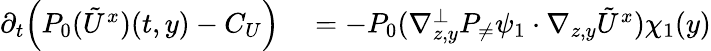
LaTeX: \begin{array}{rl}{\partial_{t}\Big(P_{0}(\tilde{U}^{x})(t,y)-C_{U}\Big)}&{{}=-P_{0}(\nabla_{z,y}^{\bot}P_{\neq}\psi_{1}\cdot\nabla_{z,y}\tilde{U}^{x})\chi_{1}(y)}\end{array}